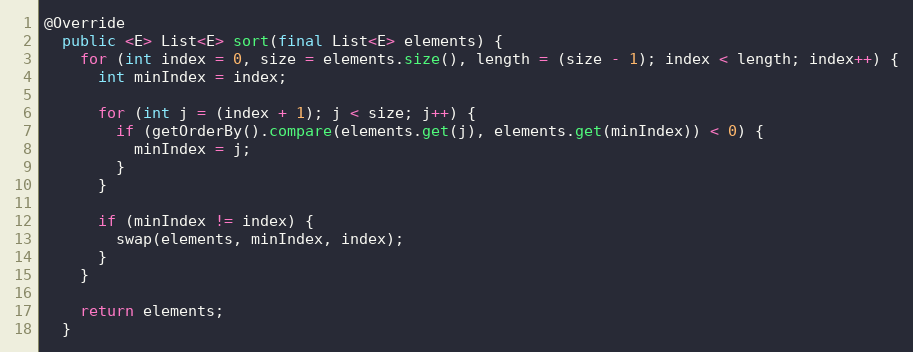
Language: Java
@Override
  public <E> List<E> sort(final List<E> elements) {
    for (int index = 0, size = elements.size(), length = (size - 1); index < length; index++) {
      int minIndex = index;

      for (int j = (index + 1); j < size; j++) {
        if (getOrderBy().compare(elements.get(j), elements.get(minIndex)) < 0) {
          minIndex = j;
        }
      }

      if (minIndex != index) {
        swap(elements, minIndex, index);
      }
    }

    return elements;
  }